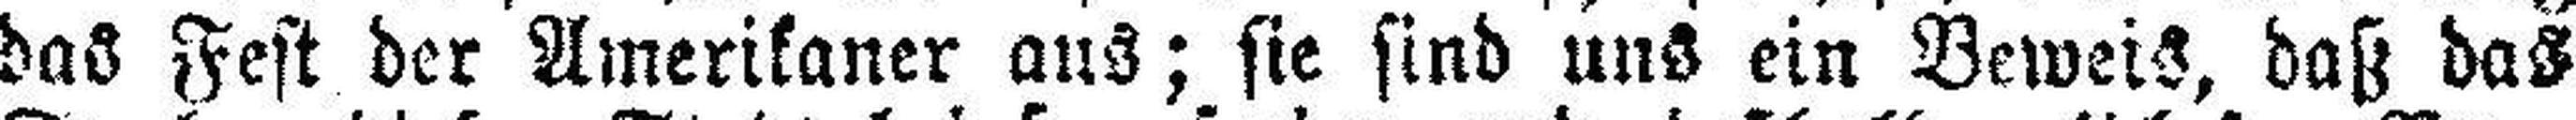
das Fest der Amerikaner aus; sie sind uns ein Beweis, daß das